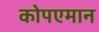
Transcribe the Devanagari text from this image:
कोपएमान